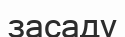
засаду